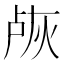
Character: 𬊐